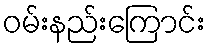
ဝမ်းနည်းကြောင်း